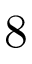
8